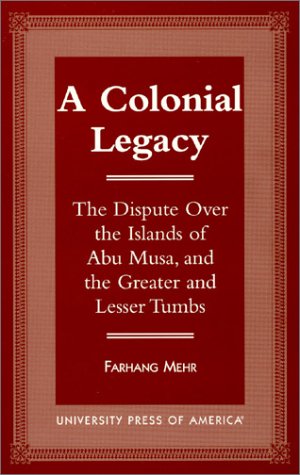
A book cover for A Colonial Legacy: The Dispute Over the Islands of Abu Musa, and the Greater and Lesser Tumbs; Farhang Mehr; History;